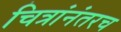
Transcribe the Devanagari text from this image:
चित्रांनंतरच